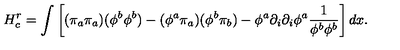
H _ { c } ^ { r } = \int \left[ ( \pi _ { a } \pi _ { a } ) ( \phi ^ { b } \phi ^ { b } ) - ( \phi ^ { a } \pi _ { a } ) ( \phi ^ { b } \pi _ { b } ) - \phi ^ { a } \partial _ { i } \partial _ { i } \phi ^ { a } { \frac { 1 } { \phi ^ { b } \phi ^ { b } } } \right] d x .